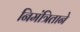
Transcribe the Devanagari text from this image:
निमंत्रिताने